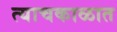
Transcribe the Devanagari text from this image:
त्याचकाळात